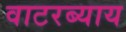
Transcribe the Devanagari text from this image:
वाटरब्याय